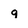
Character: q